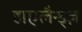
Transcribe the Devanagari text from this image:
हाएलैन्ड्ज़